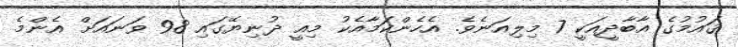
ޤައުމުގެ އާބާދީއަކީ 7 މިލިއަނެވެ. އެހެންކަމާއެކު މިއީ ދުނިޔޭގައި 98 ވަނައަށް އެންމެ